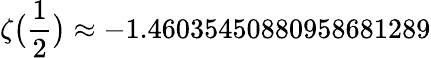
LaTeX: \zeta{\bigl(}{\frac{1}{2}}{\bigr)}\approx-1.46035450880958681289